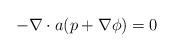
LaTeX: \begin{align*}-\nabla \cdot {a}(p+\nabla \phi)=0\end{align*}